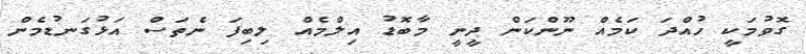
ގޮވުމަކީ ހުއްދަ ކަމެއް ނޫންކަން ދީނީ މާބޮޑު އިލްމެއް ލިބިފަ ނެތަސް އަޅުގަނޑުމެން